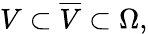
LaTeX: V\subset{\overline{{V}}}\subset\Omega,